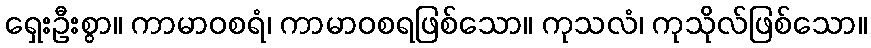
ရှေးဦးစွာ။ ကာမာဝစရံ၊ ကာမာဝစရဖြစ်သော။ ကုသလံ၊ ကုသိုလ်ဖြစ်သော။